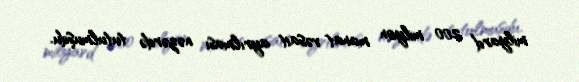
milyard 200 milyon manat vəsait ayrılması nəzərdə tutulmuşdu.